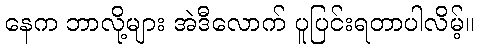
နေက ဘာလို့များ အဲဒီလောက် ပူပြင်းရတာပါလိမ့်။